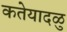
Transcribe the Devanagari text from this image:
कतेयादळु